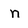
Character: n